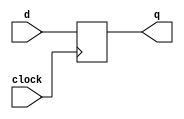
//***************************************************************************//
//***************************************************************************//
//***************************************************************************//
//**************                                          *******************//
//**************                                          *******************//
//**************      (c) SASIC Technologies Pvt Ltd      *******************//
//**************          (c) Verilogic Solutions         *******************//
//**************                                          *******************//
//**************                                          *******************//
//**************                                          *******************//
//**************           www.sasictek.com               *******************//
//**************          www.verilog-ic.com              *******************//
//**************                                          *******************//
//**************           Twitter:@sasictek              *******************//
//**************                                          *******************//
//**************                                          *******************//
//**************                                          *******************//
//***************************************************************************//
//***************************************************************************//


//              File Type: Verilog                                 

                             
//***************************************************************************//
//***************************************************************************//
                             

//              Author:
//              Reviewer:
//              Manager:
                             

//***************************************************************************//
//***************************************************************************//
//
module d_flipflop(input d,clock,
									output reg q);

		always @(posedge clock)
			begin:alw_blk
				q<=d;
			end	//alw_blk
endmodule